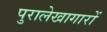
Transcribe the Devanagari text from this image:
पुरालेखागारों